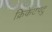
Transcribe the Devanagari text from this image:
क्रिकेटपटु